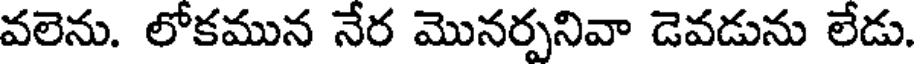
వలెను. లోకమున నేర మొనర్పనివా డెవడును లేడు.